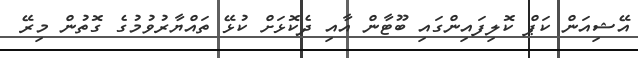
އޭޝިއަން ކަޕް ކޮލިފައިންގައި ބޫޓާން އާއި ދެކޮޅަށް ކުޅޭ ތައްޔާރުވުމުގެ ގޮތުން މިރޭ